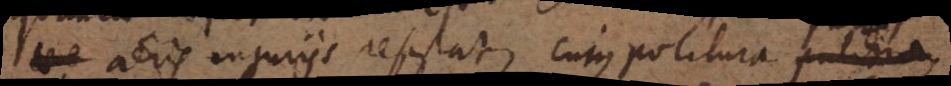
aeris injuriis resistat, cujus politura pulchra